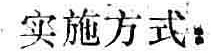
实施方式：